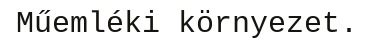
Műemléki környezet.